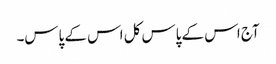
آج اس کے پاس کل اس کے پاس۔